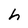
Character: h